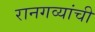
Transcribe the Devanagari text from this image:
रानगव्यांची